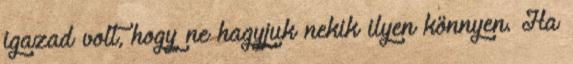
igazad volt, hogy ne hagyjuk nekik ilyen könnyen. Ha